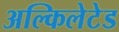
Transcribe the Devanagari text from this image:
अल्किलेटेड